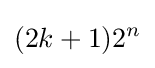
(2k+1)2^{n}